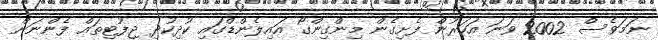
ނަމަވެސް 2002 ވަނަ އަހަރުން ފެށިގެން މިންގިންގޯ އައިލެންޑްގައި ކުދިކުދި ޖިފުޓިތައް ފެންނަން